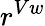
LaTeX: r^{Vw}